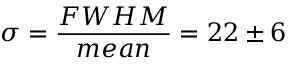
\sigma = \frac { F W H M } { m e a n } = 2 2 \pm 6 \